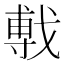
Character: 𫼁